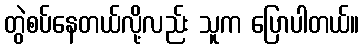
တွဲစပ်နေတယ်လို့လည်း သူက ပြောပါတယ်။